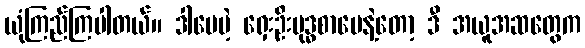
ယုံကြည်ကြပါတယ်။ ဒါပေမဲ့ ရှေးဦးဗုဒ္ဓစာပေနဲ့တော့ ဒီ အယူအဆတွေက